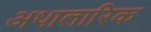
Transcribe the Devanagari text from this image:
अथालारिक